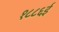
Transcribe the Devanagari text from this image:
१८८६ई